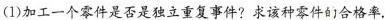
(1)加工一个零件是否是独立重复事件?求该种零件的合格率。